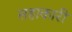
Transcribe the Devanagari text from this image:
सहाकारी